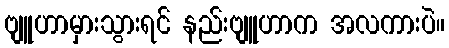
ဗျူဟာမှားသွားရင် နည်းဗျူဟာက အလကားပဲ။